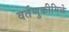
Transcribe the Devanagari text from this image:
वर्तणुकीमिळे